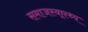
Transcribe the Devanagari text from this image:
समाजस्वा्स्थ्य